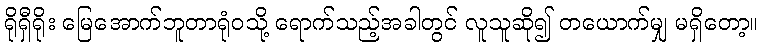
ရိုရှီရိုး မြေအောက်ဘူတာရုံဝသို့ ရောက်သည့်အခါတွင် လူသူဆို၍ တယောက်မျှ မရှိတော့။